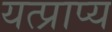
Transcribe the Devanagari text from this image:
यत्प्राप्य